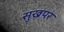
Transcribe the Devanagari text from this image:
सुखपर